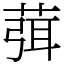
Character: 葞